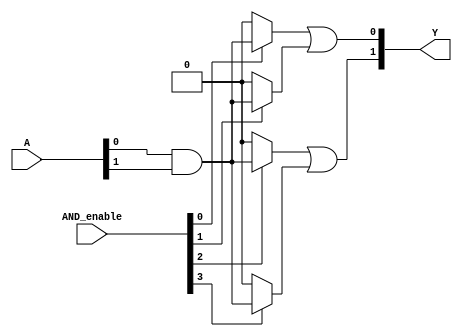
module SPAL #(parameter N = 4, // Number of inputs
              parameter M = 4, // Number of product terms
              parameter P = 2) // Number of outputs
(
    input  wire [N-1:0] A,         // Input signals A1, A2, ..., An
    input  wire [M-1:0] AND_enable, // Enable signals for each AND gate
    output wire [P-1:0] Y           // Output signals Y1, Y2, ..., Yp
);

// Internal signals for the AND gates
wire [M-1:0] AND_out; // Outputs of the AND gates

// Programmable AND array
genvar i, j;
generate
    for (i = 0; i < M; i = i + 1) begin : AND_ARRAY
        // Each AND gate can take any combination of inputs and their inversions
        // For simplicity, we assume a fixed configuration here.
        // You can replace this with a more complex logic based on your programmability needs.
        assign AND_out[i] = (AND_enable[i]) ? (A[0] & A[1]) : 1'b0; // Example: AND of A1 and A2
    end
endgenerate

// Fixed OR array
generate
    for (j = 0; j < P; j = j + 1) begin : OR_ARRAY
        // Each OR gate can combine the outputs of the AND gates
        // Example: OR of the first two AND outputs for output Y1
        assign Y[j] = (j == 0) ? (AND_out[0] | AND_out[1]) : 
                      (j == 1) ? (AND_out[2] | AND_out[3]) : 1'b0; // Example for Y2
    end
endgenerate

endmodule